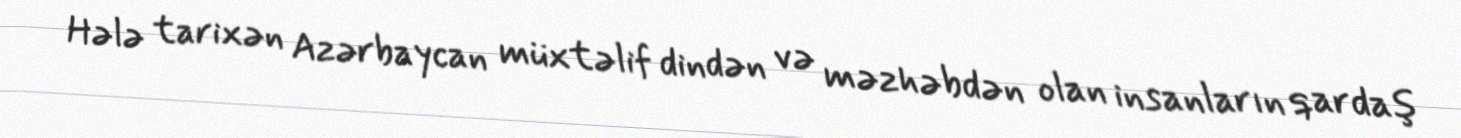
Hələ tarixən Azərbaycan müxtəlif dindən və məzhəbdən olan insanların qardaş